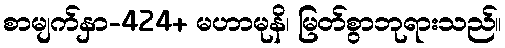
စာမျက်နှာ-424+ မဟာမုနိ၊ မြတ်စွာဘုရားသည်။